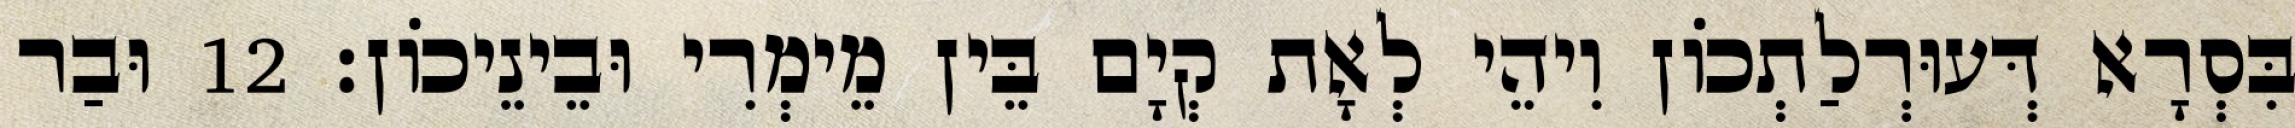
בִּסְרָא דְּעוּרְלַתְכוֹן וִיהֵי לְאָת קְיָם בֵּין מֵימְרִי וּבֵינֵיכוֹן׃ 12 וּבַר